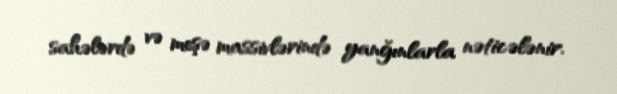
sahələrdə və meşə massivlərində yanğınlarla nəticələnir.